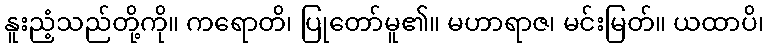
နူးညံ့သည်တို့ကို။ ကရောတိ၊ ပြုတော်မူ၏။ မဟာရာဇ၊ မင်းမြတ်။ ယထာပိ၊